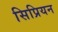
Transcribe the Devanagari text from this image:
सिप्रियन